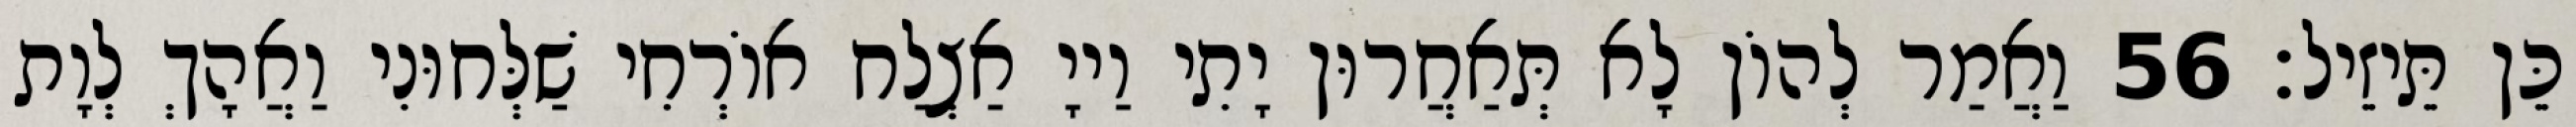
כֵּן תֵּיזֵיל׃ 56 וַאֲמַר לְהוֹן לָא תְּאַחֲרוּן יָתִי וַייָ אַצְלַח אוֹרְחִי שַׁלְּחוּנִי וַאֲהָךְ לְוָת